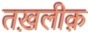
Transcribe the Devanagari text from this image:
तख़लीक़